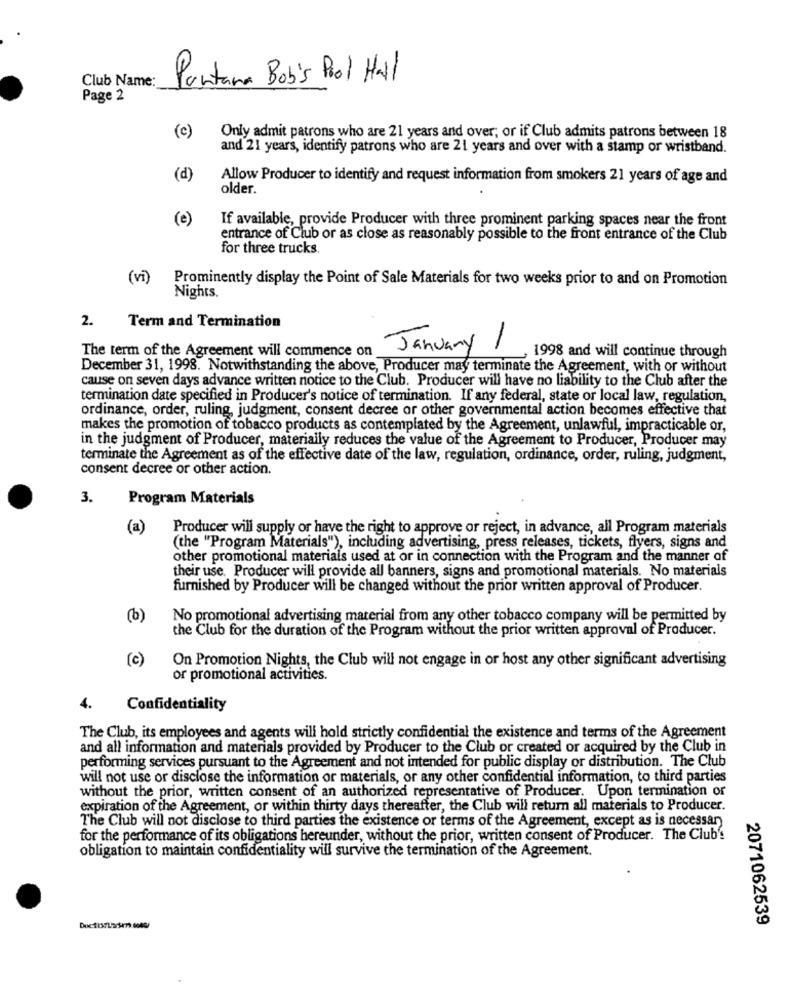
Club Name:
Pantana Bob's Pool Hall
Page 2
(c)
Only admit patrons who are 21 years and over; or if Club admits patrons between 18
and 21 years, identify patrons who are 21 years and over with a stamp or wristband.
(d)
Allow Producer to identify and request information from smokers 21 years of age and
older.
(e)
If available, provide Producer with three prominent parking spaces near the front
entrance of Club or as close as reasonably possible to the front entrance of the Club
for three trucks.
(vi)
Prominently display the Point of Sale Materials for two weeks prior to and on Promotion
Nights.
Term and Termination
2.
The term of the Agreement will commence on
January /
, 1998 and will continue through
December 31, 1998. Notwithstanding the above, Producer may terminate the Agreement, with or without
cause on seven days advance written notice to the Club. Producer will have no liability to the Club after the
termination date specified in Producer's notice of termination. If any federal, state or local law, regulation,
ordinance, order, ruling, judgment, consent decree or other governmental action becomes effective that
makes the promotion of tobacco products as contemplated by the Agreement, unlawful, impracticable or,
in the judgment of Producer, materially reduces the value of the Agreement to Producer, Producer may
terminate the Agreement as of the effective date of the law, regulation, ordinance, order, ruling, judgment,
consent decree or other action.
3.
Program Materials
(a)
Producer will supply or have the right to approve or reject, in advance, all Program materials
(the "Program Materials"), including advertising, press releases, tickets, flyers, signs and
other promotional materials used at or in connection with the Program and the manner of
their use. Producer will provide all banners, signs and promotional materials. No materials
furnished by Producer will be changed without the prior written approval of Producer.
(b)
No promotional advertising material from any other tobacco company will be permitted by
the Club for the duration of the Program without the prior written approval of Producer.
(c)
On Promotion Nights, the Club will not engage in or host any other significant advertising
or promotional activities.
4. Confidentiality
The Club, its employees and agents will hold strictly confidential the existence and terms of the Agreement
and all information and materials provided by Producer to the Club or created or acquired by the Club in
performing services pursuant to the Agreement and not intended for public display or distribution. The Club
will not use or disclose the information or materials, or any other confidential information, to third parties
without the prior, written consent of an authorized representative of Producer. Upon termination or
expiration of the Agreement, or within thirty days thereafter, the Club will return all materials to Producer.
The Club will not disclose to third parties the existence or terms of the Agreement, except as is necessary
for the performance of its obligations hereunder, without the prior, written consent of Producer. The Club's
obligation to maintain confidentiality will survive the termination of the Agreement.
2071062539
Doctorasm wok